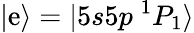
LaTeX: |\mathrm{e}\rangle=|5s5p~^{1}P_{1}\rangle